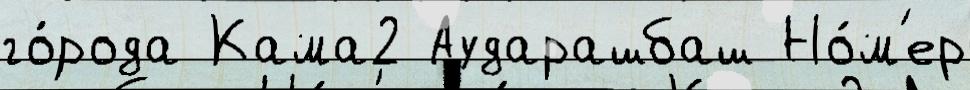
го́рода Кама2 Аударашбаш Но́м'ер